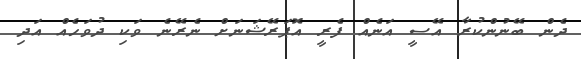
ދެން ބޭނުންކުރާ އޭސީ އަނެއް ފެރީ އޮޕަރޭޝަނަށް ނެރޭނެ ވަކި ދުވަހެއް އަދި